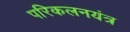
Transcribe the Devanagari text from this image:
परिकलनयंत्र